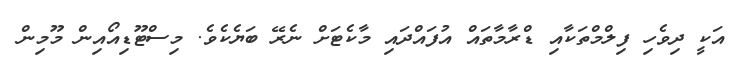
އަކީ ދިވެހި ފިލްމްތަކާއި ޑްރާމާތައް އުފައްދައި މާކެޓަށް ނެރޭ ބަޔެކެވެ. މިސްޓޫޑިއޯއިން މޫމިން